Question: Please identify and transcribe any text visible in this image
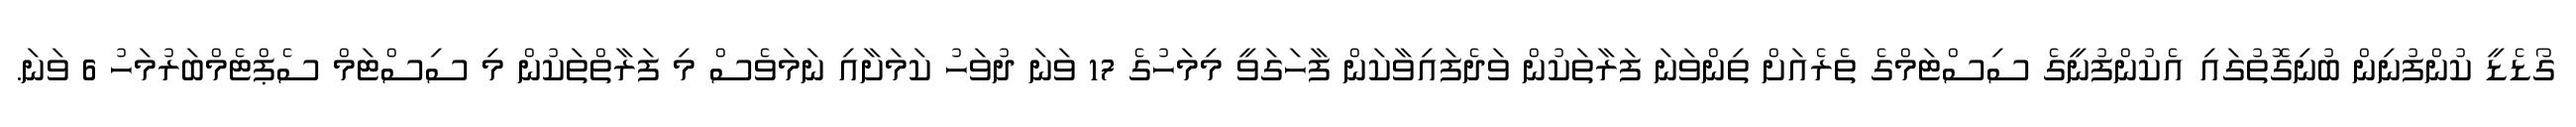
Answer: ގޯޑެޑީ ކުންފުނިން ބުނިގޮތުގައި އެކުންފުނީގެ ސިސްޓަމްގެ ތެރެއަށް ތިންވަނަ ފަރާތަކުން ވަދެފައިވާކަން ފާހަގަވީ މިމަހުގެ 17 ވަނަ ދުވަހު ކަމަށާއި ނަމަވެސް މި ފަރާތްތަކުން މި ސިސްޓަމް ސެޕްޓެމްބަރުމަހު 6 ވަނަ.